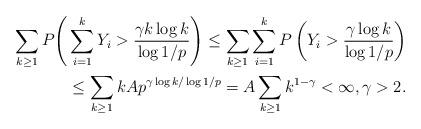
LaTeX: \begin{align*}\sum_{k\geq 1} P \Bigg( &\sum_{i=1}^k Y_i > \frac{ \gamma k \log k } { \log 1/p } \Bigg) \leq \sum_{k\geq 1} \sum_{i=1}^k P \left( Y_i > \frac{ \gamma \log k } { \log 1/p } \right) \\ &\leq \sum_{k \geq 1} k A p^{ \gamma \log k / \log 1/p } =A \sum_{k\geq 1} k^{1 - \gamma } < \infty, \gamma > 2 .\end{align*}